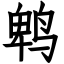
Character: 鹎